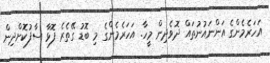
އަހަރެމެންގެ އަންނައުނުތައް ދޮވެދިން މީހާ. އަހަރެމެންގެ މި ބޮޑު ގޭތެރެ ފޮޅާ ސާފުކޮށްދިން